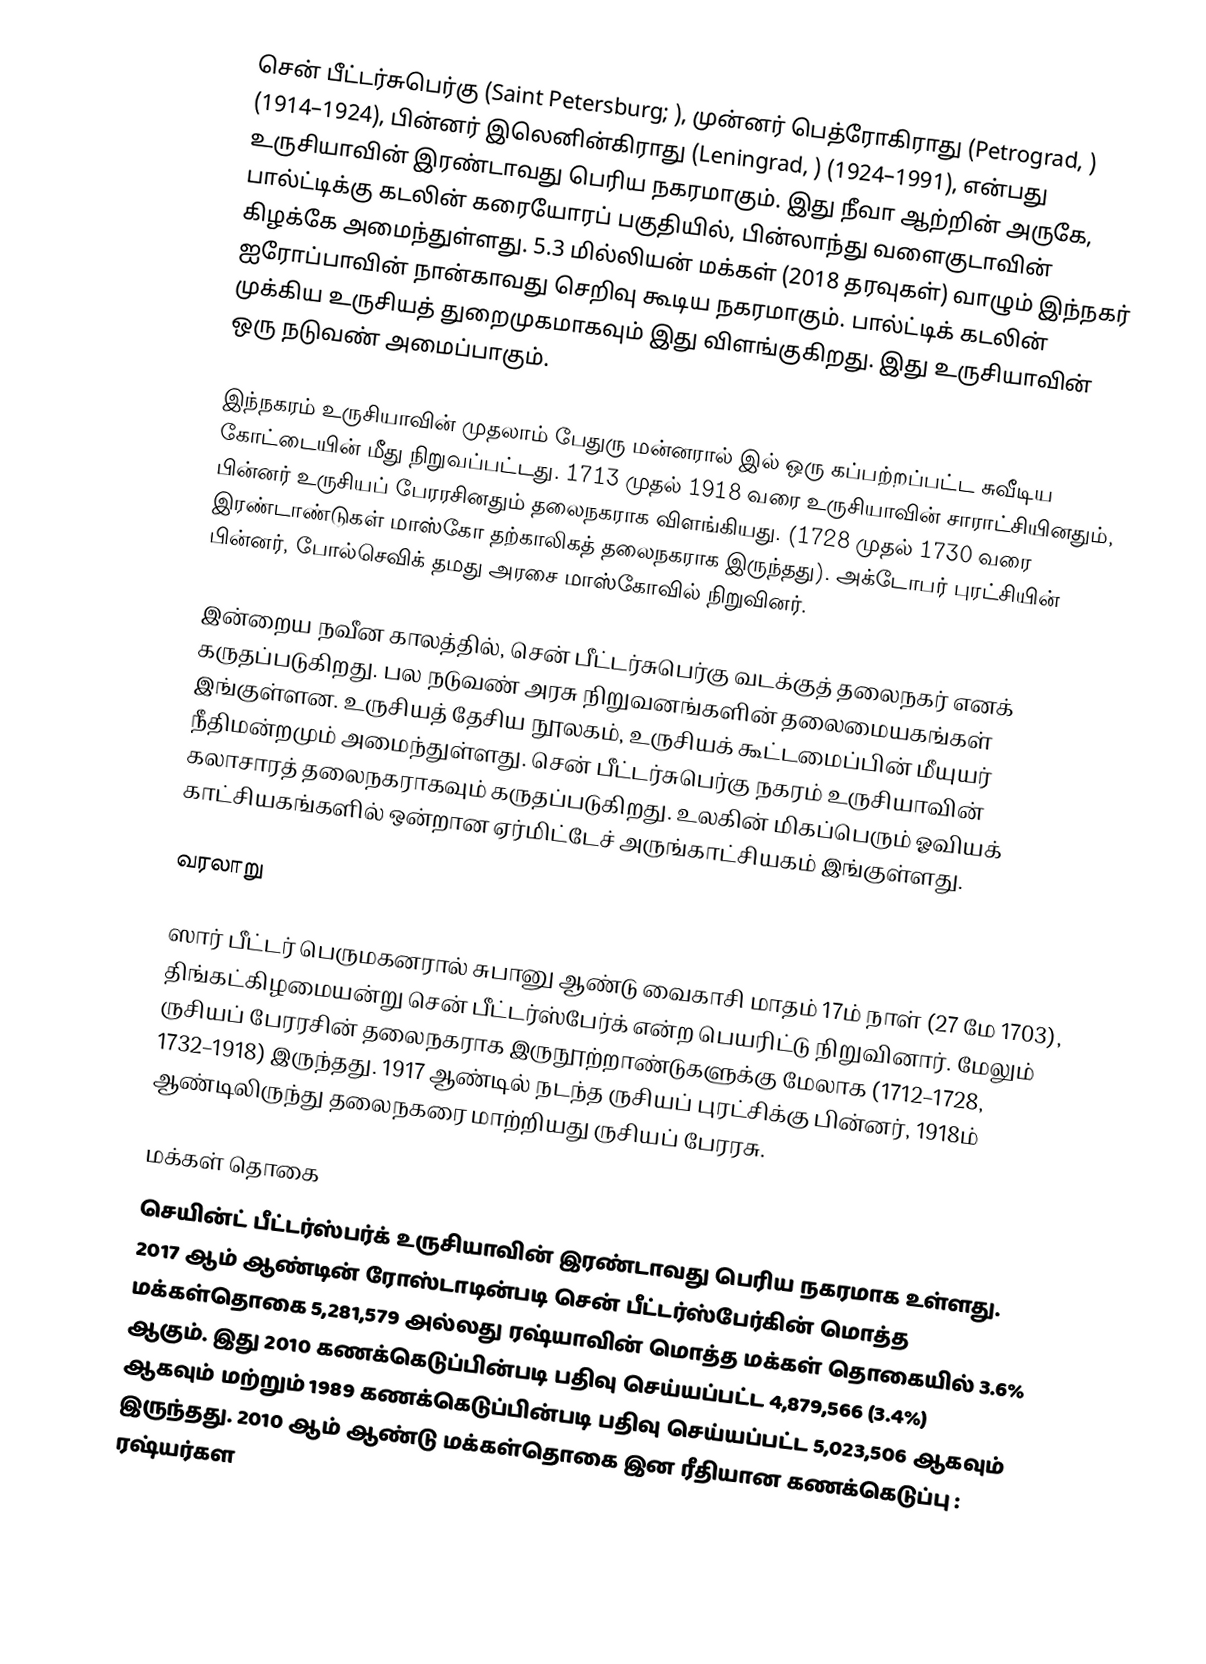
சென் பீட்டர்சுபெர்கு (Saint Petersburg; ), முன்னர் பெத்ரோகிராது (Petrograd, ) (1914–1924), பின்னர் இலெனின்கிராது (Leningrad, ) (1924–1991), என்பது உருசியாவின் இரண்டாவது பெரிய நகரமாகும். இது நீவா ஆற்றின் அருகே, பால்ட்டிக்கு கடலின் கரையோரப் பகுதியில், பின்லாந்து வளைகுடாவின் கிழக்கே அமைந்துள்ளது. 5.3 மில்லியன் மக்கள் (2018 தரவுகள்) வாழும் இந்நகர் ஐரோப்பாவின் நான்காவது செறிவு கூடிய நகரமாகும். பால்ட்டிக் கடலின் முக்கிய உருசியத் துறைமுகமாகவும் இது விளங்குகிறது. இது உருசியாவின் ஒரு நடுவண் அமைப்பாகும்.

இந்நகரம் உருசியாவின் முதலாம் பேதுரு மன்னரால்  இல் ஒரு கப்பற்றப்பட்ட சுவீடிய கோட்டையின் மீது நிறுவப்பட்டது. 1713 முதல் 1918 வரை உருசியாவின் சாராட்சியினதும், பின்னர் உருசியப் பேரரசினதும் தலைநகராக விளங்கியது. (1728 முதல் 1730 வரை இரண்டாண்டுகள் மாஸ்கோ தற்காலிகத் தலைநகராக இருந்தது). அக்டோபர் புரட்சியின் பின்னர், போல்செவிக் தமது அரசை மாஸ்கோவில் நிறுவினர்.

இன்றைய நவீன காலத்தில், சென் பீட்டர்சுபெர்கு வடக்குத் தலைநகர் எனக் கருதப்படுகிறது. பல நடுவண் அரசு நிறுவனங்களின் தலைமையகங்கள் இங்குள்ளன. உருசியத் தேசிய நூலகம், உருசியக் கூட்டமைப்பின் மீயுயர் நீதிமன்றமும் அமைந்துள்ளது. சென் பீட்டர்சுபெர்கு நகரம் உருசியாவின் கலாசாரத் தலைநகராகவும் கருதப்படுகிறது. உலகின் மிகப்பெரும் ஓவியக் காட்சியகங்களில் ஒன்றான ஏர்மிட்டேச் அருங்காட்சியகம் இங்குள்ளது.

வரலாறு

ஸார் பீட்டர் பெருமகனரால் சுபானு ஆண்டு வைகாசி மாதம் 17ம் நாள் (27 மே 1703), திங்கட்கிழமையன்று சென் பீட்டர்ஸ்பேர்க் என்ற பெயரிட்டு நிறுவினார். மேலும் ருசியப் பேரரசின் தலைநகராக இருநூற்றாண்டுகளுக்கு மேலாக (1712–1728, 1732–1918) இருந்தது. 1917 ஆண்டில் நடந்த ருசியப் புரட்சிக்கு பின்னர், 1918ம் ஆண்டிலிருந்து தலைநகரை மாற்றியது ருசியப் பேரரசு.

மக்கள் தொகை
செயின்ட் பீட்டர்ஸ்பர்க் உருசியாவின் இரண்டாவது பெரிய நகரமாக உள்ளது. 2017 ஆம் ஆண்டின் ரோஸ்டாடின்படி சென் பீட்டர்ஸ்பேர்கின் மொத்த மக்கள்தொகை 5,281,579 அல்லது ரஷ்யாவின் மொத்த மக்கள் தொகையில் 3.6% ஆகும். இது 2010 கணக்கெடுப்பின்படி பதிவு செய்யப்பட்ட 4,879,566 (3.4%) ஆகவும் மற்றும் 1989 கணக்கெடுப்பின்படி பதிவு செய்யப்பட்ட 5,023,506 ஆகவும் இருந்தது. 2010 ஆம் ஆண்டு மக்கள்தொகை இன ரீதியான கணக்கெடுப்பு : ரஷ்யர்கள